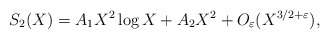
\begin{align*}S_2(X)=A_1X^2\log X+ A_2X^2+O_\varepsilon(X^{3/2+\varepsilon}),\end{align*}